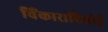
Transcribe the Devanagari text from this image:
चिंकाराबिश्नोई